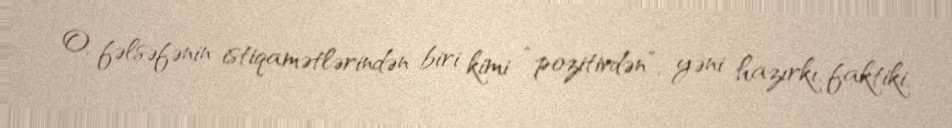
O, fəlsəfənin istiqamətlərindən biri kimi “pozitivdən”, yəni hazırkı, faktiki,